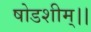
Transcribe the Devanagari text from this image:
षोडशीम्।।